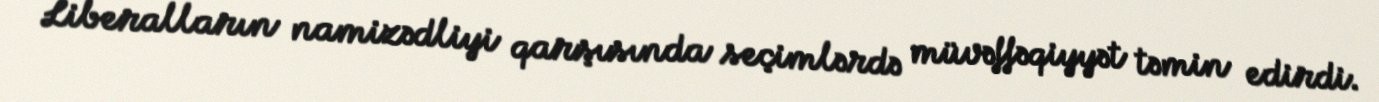
Liberalların namizədliyi qarşısında seçimlərdə müvəffəqiyyət təmin edirdi.